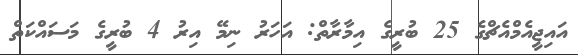
އައިޖީއެމްއެޗްގެ 25 ބުރީގެ އިމާރާތް: އަހަރު ނިމޭ އިރު 4 ބުރީގެ މަސައްކަތް